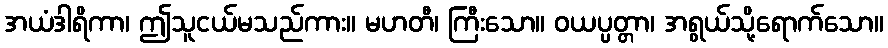
အယံဒါရိကာ၊ ဤသူငယ်မသည်ကား။ မဟတီ၊ ကြီးသော။ ဝယပ္ပတ္တာ၊ အရွယ်သို့ရောက်သော။